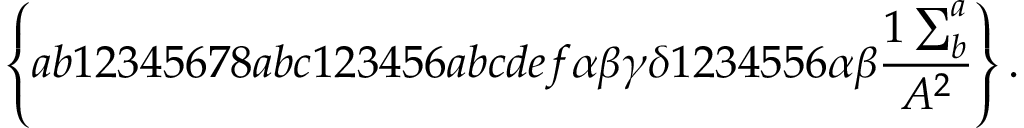
\left\{ a b 1 2 3 4 5 6 7 8 a b c 1 2 3 4 5 6 a b c d e f \alpha \beta \gamma \delta 1 2 3 4 5 5 6 \alpha \beta \frac { 1 \sum _ { b } ^ { a } } { A ^ { 2 } } \right\} .